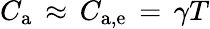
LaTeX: C_{\mathrm{a}}\, \approx\, C_{\mathrm{a,e}}\, =\, \gamma T